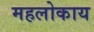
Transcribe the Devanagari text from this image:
महलोकाय